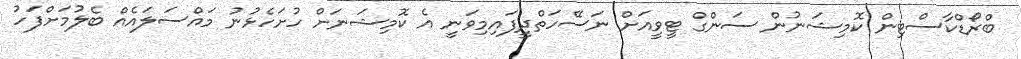
ބްރޯޑްކާސްޓިން ކޮމިޝަނުން ސަންގް ޓީވީއަށް ނަސޭހަތްދީފައިމިވަނީ އެ ކޮމިޝަނަށް ހުށަހެޅުނު މައްސަލައެއް ބެލުމަށްފަހު